Note on the mental hospitals in Burma - 1925-1940
Year: 1925
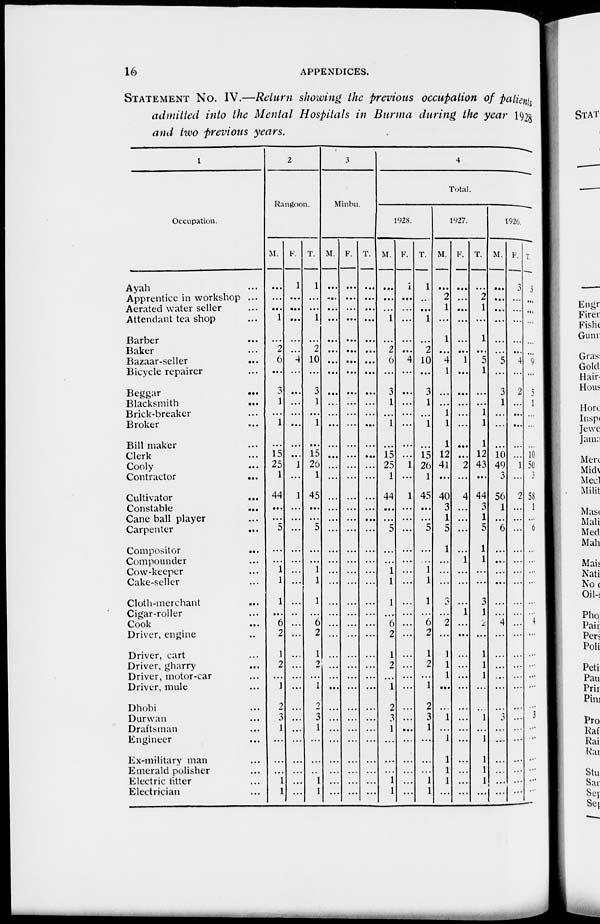
16
APPENDICES.
STATEMENT No. IV.—Return showing the previous occupation of patients
admitted into the Mental Hospitals in Burma during the year 1928
and two previous years.
1
Occupation.
Ayah ...
Apprentice in workshop ...
Aerated water seller ...
Attendant tea shop ...
Barber ...
Baker...
Bazaar-seller ...
Bicycle repairer ...
Beggar
...
Blacksmith
...
Brick-breaker ...
Broker ...
Bill maker ...
Clerk ...
Cooly ...
Contractor
...
Cultivator
...
Constable
...
Cane ball player ...
Carpenter ...
Compositor
...
Compounder ...
Cow-keeper ...
Cake-seller ...
Cloth-merchant ...
Cigar-roller ...
Cook
...
Driver, engine ...
Driver, cart ...
Driver, gharry ...
Driver, motor-car ...
Driver, mule ...
Dhobi ...
Durwan ...
Draftsman ...
Engineer ...
Ex-military man ...
Emerald polisher ...
Electric fitter ...
Electrician ...
2
Rangoon.
M.
...
...
...
1
...
2
6
...
3
1
...
1
...
15
25
1
44
...
...
5
...
...
1
1
1
...
6
2
1
2
...
1
2
3
1
...
...
...
1
1
F.
1
...
...
...
...
...
4
...
...
...
...
...
...
...
1
...
1
...
...
...
...
...
...
...
...
...
...
...
...
...
...
...
...
...
...
...
...
...
...
...
T.
1
...
...
1
...
2
10
...
3
1
...
1
...
15
26
1
45
...
...
5
...
...
1
1
1
...
6
2
1
2
...
1
2
3
1
...
...
...
1
1
3
Minbu
M.
...
...
...
...
...
...
...
...
...
...
...
...
...
...
...
...
...
...
...
...
...
...
...
...
...
...
...
...
...
...
...
...
...
...
...
...
...
...
...
...
F.
...
...
...
...
...
...
...
...
...
...
...
...
...
...
...
...
...
...
...
...
...
...
...
...
...
...
...
...
...
...
...
...
...
...
...
...
...
...
...
...
T.
...
...
...
...
...
...
...
...
...
...
...
...
...
...
...
...
...
...
...
...
...
...
...
...
...
...
...
...
...
...
...
...
...
...
...
...
...
...
...
...
4
Total
1928.
M.
...
...
...
1
...
2
6
...
3
1
...
1
...
15
25
1
44
...
...
5
...
...
1
1
1
...
6
2
1
2
...
1
2
3
1
...
...
...
1
1
F.
1
...
...
...
...
...
4
...
...
...
...
...
...
...
1
...
1
...
...
...
...
...
...
...
...
...
...
...
...
...
...
...
...
...
...
...
...
...
...
...
T.
1
...
...
1
...
2
10
...
3
1
...
1
...
15
26
1
45
...
...
5
...
...
1
1
1
...
6
2
1
2
...
1
2
3
1
...
...
...
1
1
1927.
M.
...
2
1
...
1
...
4
1
...
...
1
1
1
12
41
...
40
3
1
5
1
...
...
...
3
...
2
...
1
1
1
...
...
1
...
1
1
1
1
...
F.
...
...
...
...
...
...
1
...
...
...
...
...
...
...
2
...
4
...
...
...
...
1
...
...
...
1
...
...
...
...
...
...
...
...
...
...
...
...
...
...
T.
...
2
1
...
1
...
5
1
...
...
1
1
1
12
43
...
44
3
1
5
1
1
...
...
3
1
2
...
1
1
1
...
...
1
...
1
1
1
1
...
1926.
M.
...
...
...
...
...
...
5
...
3
1
...
...
...
10
49
3
56
1
...
6
...
...
...
...
...
...
4
...
...
...
...
...
...
3
...
...
...
...
...
...
F.
3
...
...
...
...
...
4
...
2
...
...
...
...
...
1
...
2
...
...
...
...
...
...
...
...
...
...
...
...
...
...
...
...
...
...
...
...
...
...
...
T
3
...
...
...
...
...
9
...
5
1
...
...
...
10
50
3
58
1
...
6
...
...
...
...
...
...
4
...
...
...
...
...
...
3
...
...
...
...
...
...